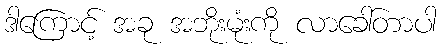
ဒါကြောင့် အခု အဘိုးမုံးကို လာခေါ်တာပါ